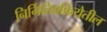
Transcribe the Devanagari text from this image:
निर्मितिप्रक्रियेतील